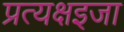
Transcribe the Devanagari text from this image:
प्रत्यक्षइजा